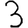
Digit: 3